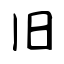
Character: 旧